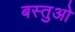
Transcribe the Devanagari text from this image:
बस्तुओ